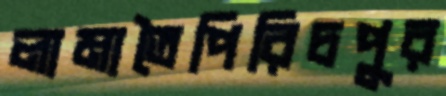
লামাতৈপিরিচপুর